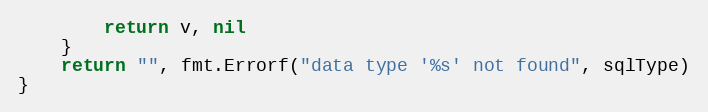
Language: Go
		return v, nil
	}
	return "", fmt.Errorf("data type '%s' not found", sqlType)
}